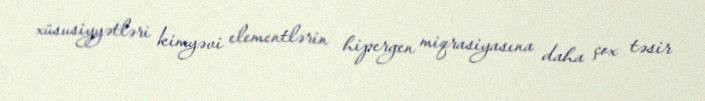
xüsusiyyətləri kimyəvi elementlərin hipergen miqrasiyasına daha çox təsir